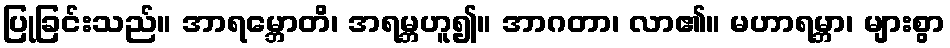
ပြုခြင်းသည်။ အာရမ္ဘောတိ၊ အရမ္ဘဟူ၍။ အာဂတာ၊ လာ၏။ မဟာရမ္ဘာ၊ များစွာ